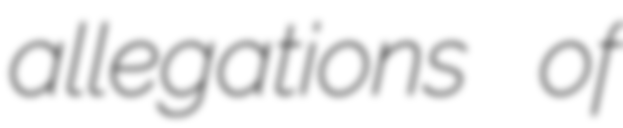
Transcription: allegations of